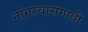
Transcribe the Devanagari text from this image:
नांगरवासगावी